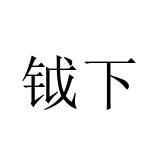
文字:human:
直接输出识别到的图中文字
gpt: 钺下